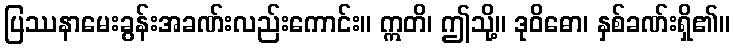
ပြဿနာမေးခွန်းအခဏ်းလည်းကောင်း။ ဣတိ၊ ဤသို့။ ဒုဝိဓော၊ နှစ်ခဏ်းရှိ၏။